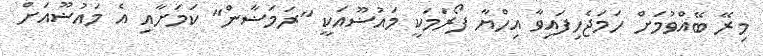
މިރޭ ބޭއްވުމަށް ހަމަޖެހިފައިވާ އިހްޔާ ފޯރަމަކީ މައުޟޫއަކީ "ރަމަޟާން" ކަމަށާއި އެ މައުޟޫއަށް